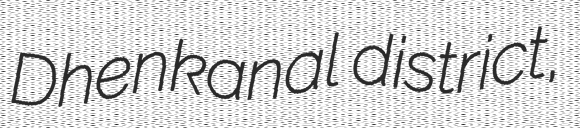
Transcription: Dhenkanal district,